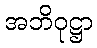
အဘိဝုဋ္ဌာ